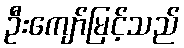
ဦးကျော်မြင့်သည်